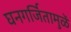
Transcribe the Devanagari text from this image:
घनगर्जितामुळें